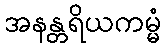
အနန္တရိယကမ္မံ